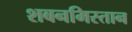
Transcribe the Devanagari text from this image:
शबनमिस्तान